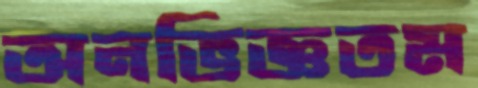
অনভিজ্ঞতম